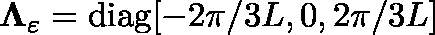
\mathbf { \Lambda } _ { \varepsilon } = \mathrm { d i a g } [ - 2 \pi / 3 L , 0 , 2 \pi / 3 L ]